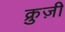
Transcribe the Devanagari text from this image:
क्रुज़ी